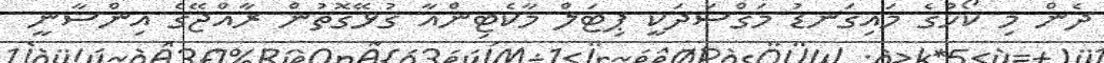
ދެން މި ކޯހުގެ މައިގަނޑު މަގްސަދަކީ ޕިޓަލް މާކެޓިންއާ ގުޅޭގޮތުން ރާއްޖޭގެ އިންސާނީ